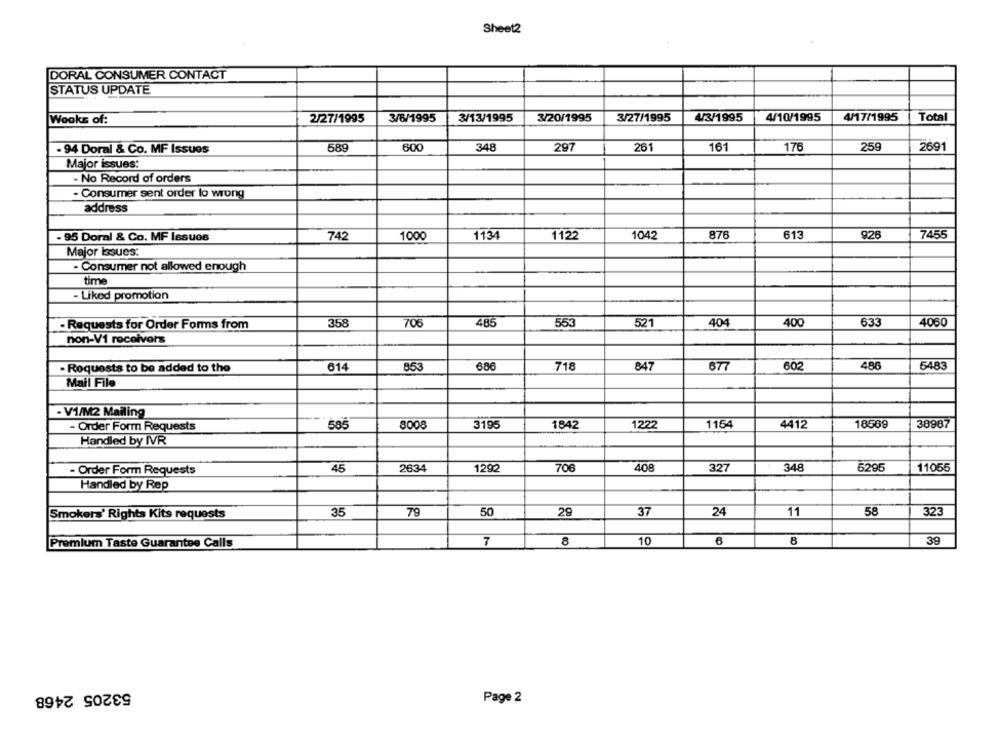
Sheet2
DORAL CONSUMER CONTACT
STATUS UPDATE
2/27/1995
3/6/1995
3/13/1995
3/20/1995
3/27/1995
4/3/1995
4/10/1995
4/17/1995
Total
Wooks of:
589
600
348
297
261
161
176
259
2691
- 94 Doral & Co. MF Issues
Major issues:
- No Record of orders
-Consumer sent order lo wrong
address
- 95 Doral & Co. MF Issues
742
1000
1134
1122
1042
876
613
926
7455
Major Issues:
- Consumer not allowed enough
time
- Liked promotion
- Requests for Order Forms from
358
706
485
553
521
404
400
633
4060
non-V1 receivers
- Requests to be added to the
614
686
718
847
677
602
486
5483
Mail File
- V1/M2 Mailing
38987
- Order Form Requests
585
8008
3195
1842
1222
1154
4412
18569
Handled by IVR
1292
706
408
348
5295
11055
- Order Form Requests
45
2634
327
Handled by Rep
35
79
50
29
37
24
11
58
323
Smokers' Rights Kits requests
7
8
10
6
8
39
Premium Taste Guarantee Calls
53205 2468
Page 2